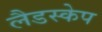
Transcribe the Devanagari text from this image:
लैडस्केप